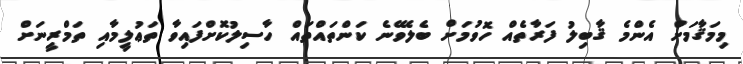
މިމަޤާމަށް އެންމެ ޤާބިލު ފަރާތެއް ހޮވުމަށް ބެލެވޭނެ ކަންތައްތައް ހާސިލުކޮށްްފައިވާ ތަޢުލީމާއި ތަމްރީނަށް